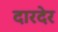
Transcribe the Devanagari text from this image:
दारदेर